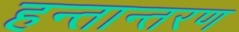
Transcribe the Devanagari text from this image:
हन्तान्तरण